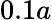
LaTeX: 0.1a